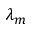
\lambda _ { m }